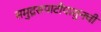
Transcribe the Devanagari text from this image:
समुद्रसपाटीपासुनची